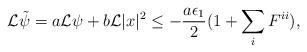
LaTeX: \begin{align*} \mathcal{L}\tilde \psi =a\mathcal{L}\psi + b\mathcal{L}|x|^2\leq -\frac{a\epsilon_1}{2}(1+\sum_i F^{ii}), \end{align*}